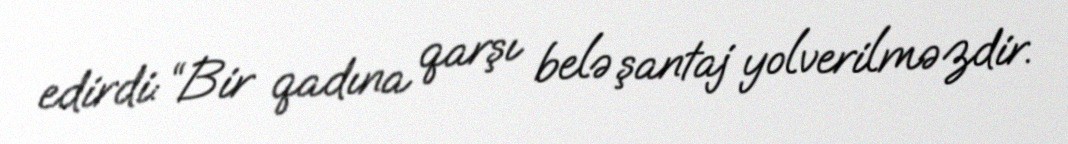
edirdi: “Bir qadına qarşı belə şantaj yolverilməzdir.